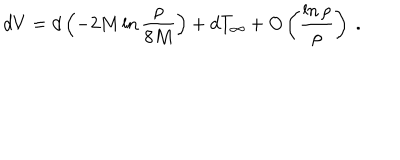
d V = d \left( - 2 M \ln \frac { \rho } { 8 M } \right) + d T _ { \infty } + O \left( \frac { \ln \rho } { \rho } \right) \ .